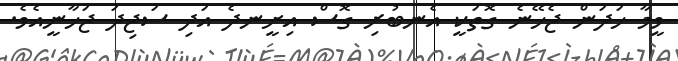
ވީމާ ހަދަން ޖެހޭނެ ގޮތަކީ އެނބުރި ގޮސް އިށީނދެ އަދި ސަޖިދަ ޖަހާނީއެވެ.